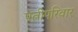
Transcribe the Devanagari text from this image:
पत्नीपरिवार